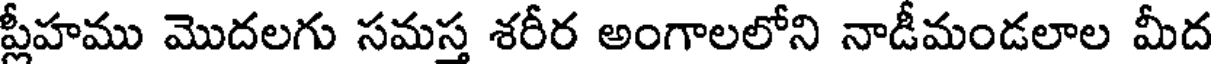
ప్లీహము మొదలగు సమస్త శరీర అంగాలలోని నాడీమండలాల మీద